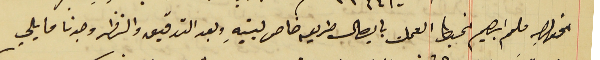
الخواجه ملحم ابرهيم الخياط العمل بايصال طريعه خاص لبيتهِ وبعد التدقيق والنظر وجدنا ما يلي